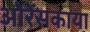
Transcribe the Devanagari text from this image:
ओरेंसकाया